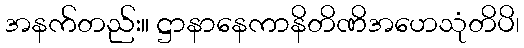
အနက်တည်း။ ဋ္ဌာနာနေကာနိတိဏိအဟေသုံတိပိ၊